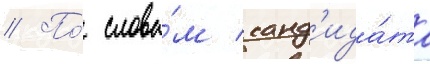
// По́ слова́м канд'ида́та